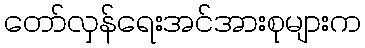
တော်လှန်ရေးအင်အားစုများက